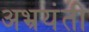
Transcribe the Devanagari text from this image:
अभ्रयंती